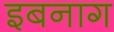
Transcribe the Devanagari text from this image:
इबनाग